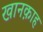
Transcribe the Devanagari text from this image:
खानक़ाह